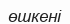
өшкені